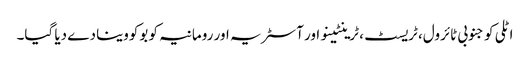
اٹلی کو جنوبی ٹائرول، ٹریسٹ، ٹرینٹینو اور آسٹریہ اور رومانیہ کو بوکووینا دے دیا گیا۔